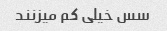
سس خیلی کم میزنند